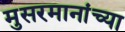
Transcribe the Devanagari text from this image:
मुसरमानांच्या